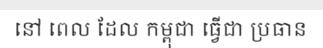
នៅ ពេល ដែល កម្ពុជា ធ្វើជា ប្រធាន